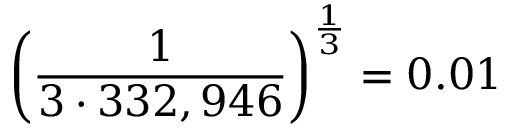
\left( { \frac { 1 } { 3 \cdot 3 3 2 , 9 4 6 } } \right) ^ { \frac { 1 } { 3 } } = 0 . 0 1